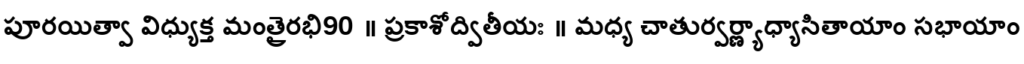
పూరయిత్వా విధ్యుక్త మంత్రైరభి90 ॥ ప్రకాశోద్వితీయః ॥ మధ్య చాతుర్వర్ణ్యాధ్యాసితాయాం సభాయాం